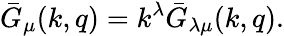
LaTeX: \bar{G}_{\mu}(k,q)=k^{\lambda}\bar{G}_{\lambda\mu}(k,q).